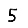
Digit: 5